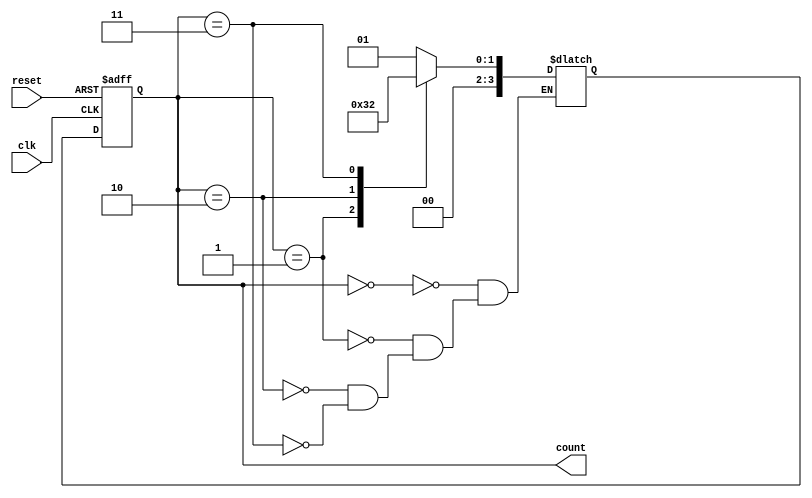
module gray_counter (
    input wire clk,
    input wire reset,
    output reg [3:0] count
);

reg [3:0] next_count;

always @(posedge clk or posedge reset) begin
    if (reset) begin
        count <= 4'd0;
    end else begin
        count <= next_count;
    end
end

always @(*) begin
    case(count)
        4'd0: next_count = 4'd1;
        4'd1: next_count = 4'd3;
        4'd2: next_count = 4'd0;
        4'd3: next_count = 4'd2;
    endcase
end

endmodule